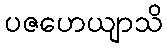
ပဇဟေယျာသိ